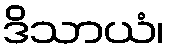
ဒိသာယံ၊